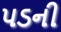
પડની